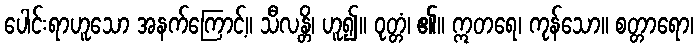
ပေါင်းရာဟူသော အနက်ကြောင့်။ သီလန္တိ၊ ဟူ၍။ ဝုတ္တံ၊ ၏။ ဣတရေ၊ ကုန်သော။ စတ္တာရော၊